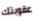
عقوبتك